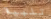
تلبية